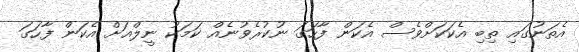
އެތަނުގައި ތިބި އެކަކަށްވެސް އެކަން ފާހަގަ ނުކުރެވުނެއް ކަމަކު ނީލްއަށް އެކަން ފާހަގަ